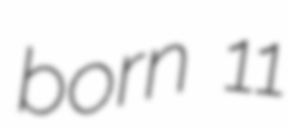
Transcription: born 11